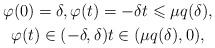
LaTeX: \begin{gather*}\varphi(0)=\delta, \varphi(t)=-\delta t\leqslant \mu q(\delta),\\\varphi(t)\in(-\delta,\delta) t\in(\mu q(\delta),0),\end{gather*}